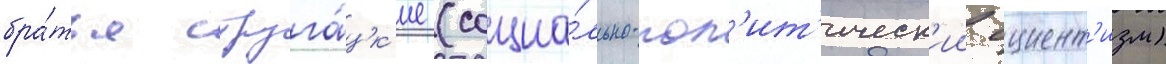
бра́тья струга́цк'ие (социа́льно-пол'ит'ическ'ии сциент'изм)